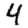
Digit: 4